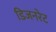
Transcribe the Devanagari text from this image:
डिजनरेट